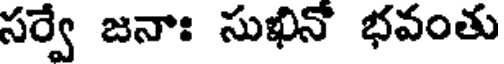
సర్వే జనాః సుఖినో భవంతు